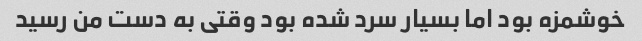
خوشمزه بود اما بسیار سرد شده بود وقتی به دست من رسید